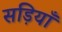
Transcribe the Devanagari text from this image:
सड़ियाँ